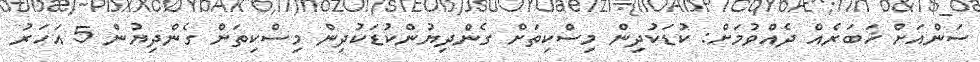
ސަންއަށް ޚަބަރެއް ދެއްވުމަށް: ކުޑަކުދިން މިސްކިތަށް ގެންދިޔުންކުޑަކުދިން މިސްކިތަށް ގެންދިޔުން 5 އަހަރު